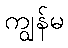
ကျွန်မ